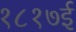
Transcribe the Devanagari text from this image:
१८१७ई